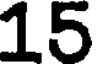
15